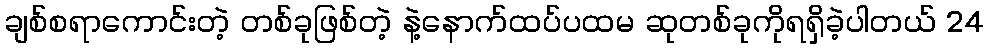
ချစ်စရာကောင်းတဲ့ တစ်ခုဖြစ်တဲ့ နဲ့နောက်ထပ်ပထမ ဆုတစ်ခုကိုရရှိခဲ့ပါတယ် 24